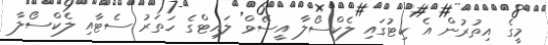
މީގެ އިތުރުން އެ ކިޓުގައި ލެކްސޯލާ އީސޭވް ލައިޓްގެ ހަތަރު ސެޓާއި ލެކްސޯލާ